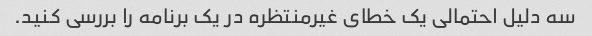
سه دلیل احتمالی یک خطای غیرمنتظره در یک برنامه را بررسی کنید.